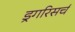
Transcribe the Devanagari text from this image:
ड्रगरिसर्च